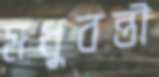
মধুবন্তী